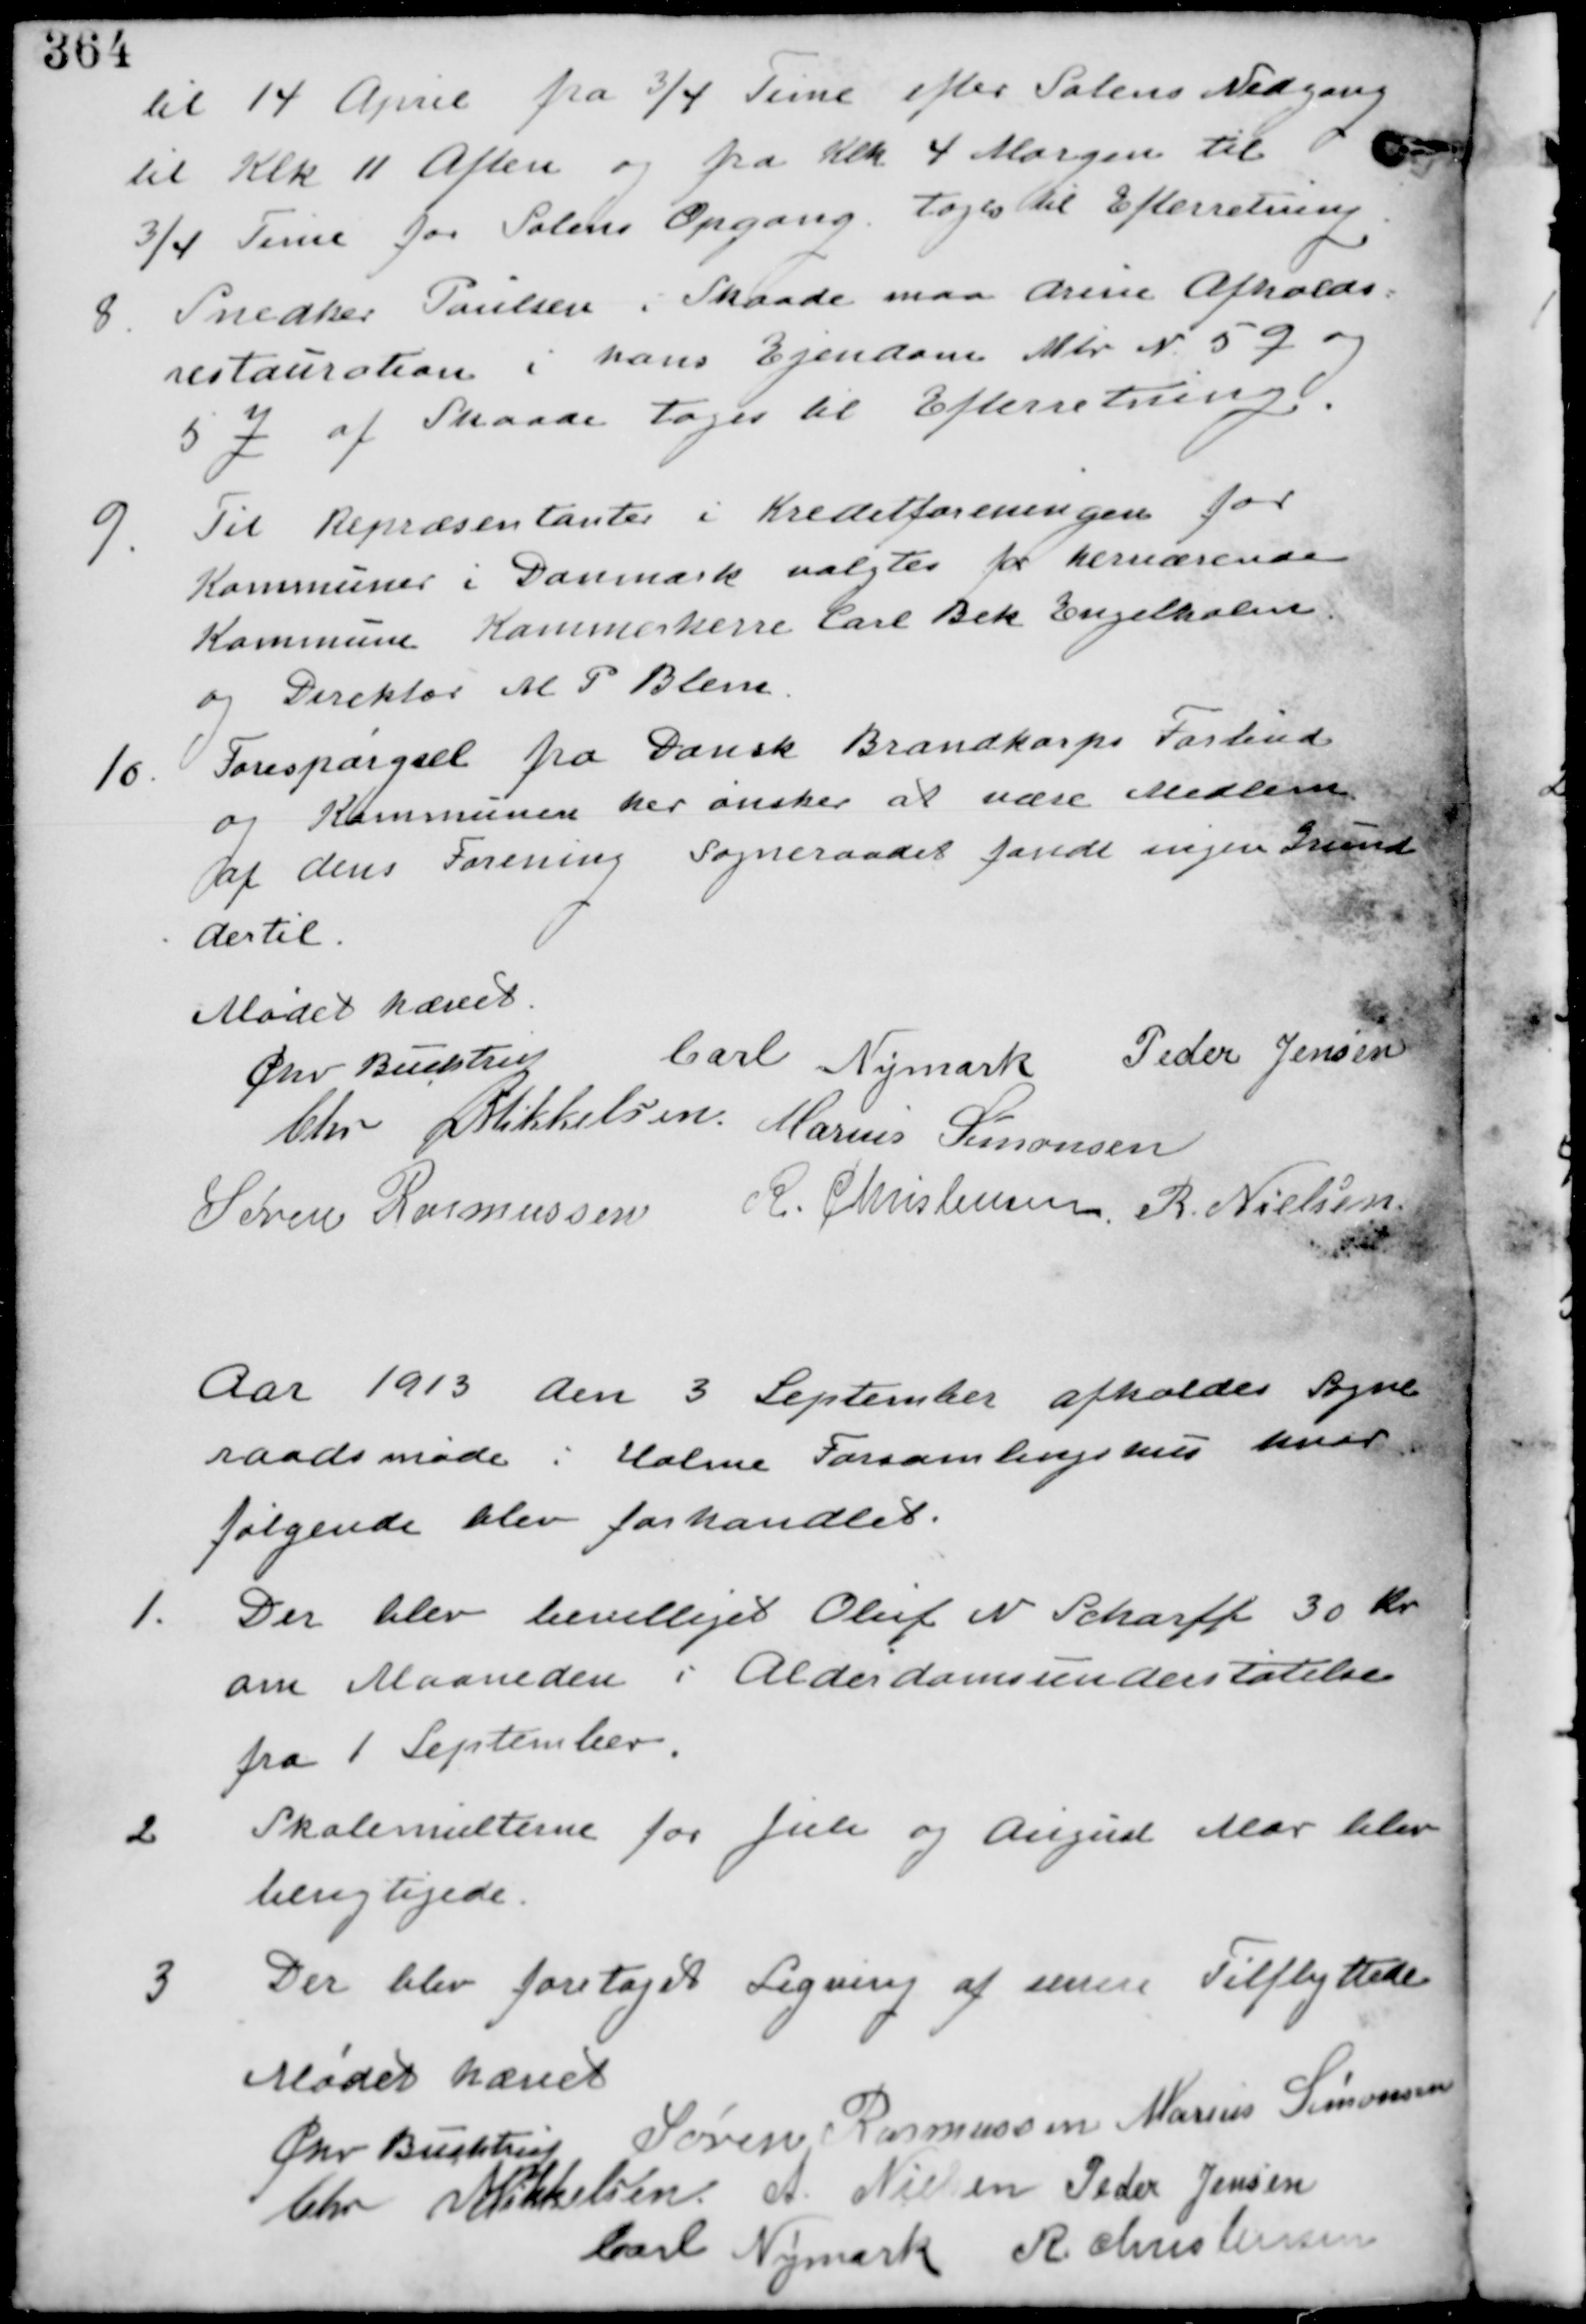
Transskription:
til 14 April fra 3/4 Time efter Solens Nedgang
til Klk 11 Aften og fra Klk 4 Morgen til
3/4 Time før Solens Opgang tages til Efterretning.

8. Snedker Paulsen i Skaade maa drive Afholds-
restauration i hans Ejendom Mtr N 59 og
5 J af Skaade. tages til Efterretning.

9. Til Repræsentanter i Kreditforeningen for
Kommuner i Danmark valgtes for herværende
Kommune Kammerherre Carl Bek Engelholm
og Direktør M P Blene.

10. Forespørgsel fra Dansk Brandkorps Forbund
og Kommunen her ønsker at være Medlem
af dens Forening Sogneraadet fandt ingen Grund
dertil.

Mødet hævet
Chr Buchtrup Carl Nymark Peder Johansen
Chr Mikkelsen Marius Simonsen
Søren Rasmussen R. Christensen R. Nielsen

Aar 1913 den 3 September afholdes Sogne-
raadsmøde i Holme Forsamlingshus hvor
følgende blev forhandlet.

1. Der blev bevilliget Oluf N Scharff 30 Kr
om Maaneden i Alderdomsunderstøttelse
fra 1 September.

2 Skolemulterne for Juli og August Mdr blev
berigtigede.

3 Der blev foretaget Ligning af senere Tilflyttede.

Mødet hævet
Chr Buchtrup Søren Rasmussen Marius Simonsen
Chr Mikkelsen A. Nielsen Peder Jensen
Carl Nymark R. Christensen